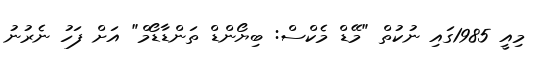
މިއީ 1985ގައި ނުކުތް "މޭޑް މެކްސް: ބިޔޯންޑް ތަންޑާޑޯމް" އަށް ފަހު ނެރުނު